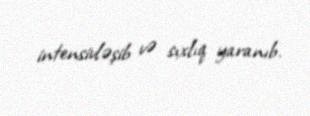
intensivləşib və sıxlıq yaranıb.